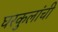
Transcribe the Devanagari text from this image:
घरकुलांची